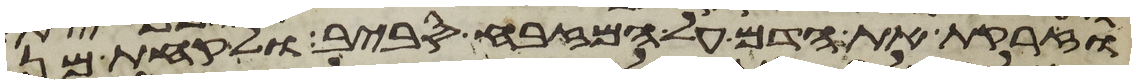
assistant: וזרקת את הדם על המזבח סביב ולקחת מן